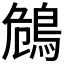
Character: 𪀗